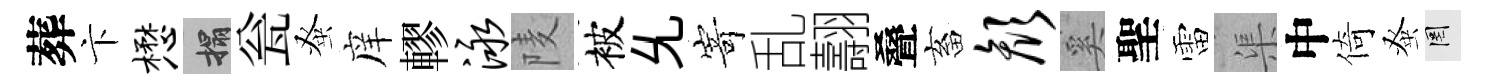
葬卞懋搨瓮𫊫庠轇泳𨹧被𠃔𭔃乱翿叠畜颜奚聖雷渠中倚𫊫罔